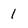
Character: I